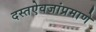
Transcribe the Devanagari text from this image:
दस्तऐवजांप्रमाणे